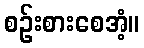
စဉ်းစားစေအံ့။